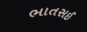
ભાતસઈ